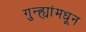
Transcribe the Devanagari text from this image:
गुन्ह्यांमधून